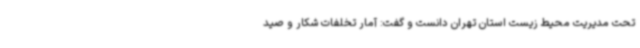
تحت مدیریت محیط زیست استان تهران دانست و گفت: آمار تخلفات شکار و صید